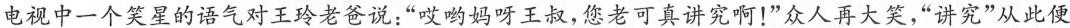
电视中一个笑星的语气对正玲老爸说：”哎呦妈呀王叔，怎老可真讲究啊！”众人再大笑，”讲究”从此便